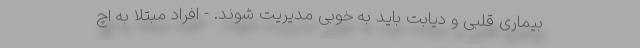
بیماری قلبی و دیابت باید به خوبی مدیریت شوند. - افراد مبتلا به اچ